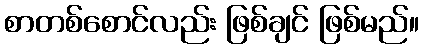
စာတစ်စောင်လည်း ဖြစ်ချင် ဖြစ်မည်။